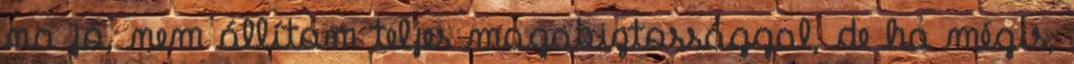
na jó, nem állítom teljes magabiztossággal, de ha mégis,